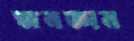
জনজ্ঞান